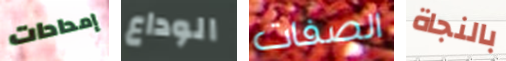
إمدادات الوداع الصفات بالنجاة